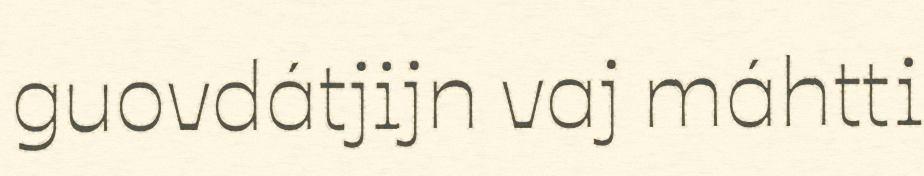
guovdátjijn vaj máhtti